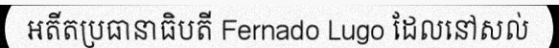
អតីតប្រធានាធិបតី Fernado Lugo ដែលនៅសល់